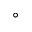
^ \circ